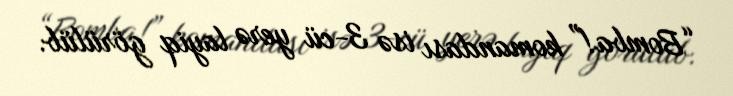
“Bomba!” komandası isə 3-cü yerə layiq görülüb.